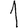
Digit: 1